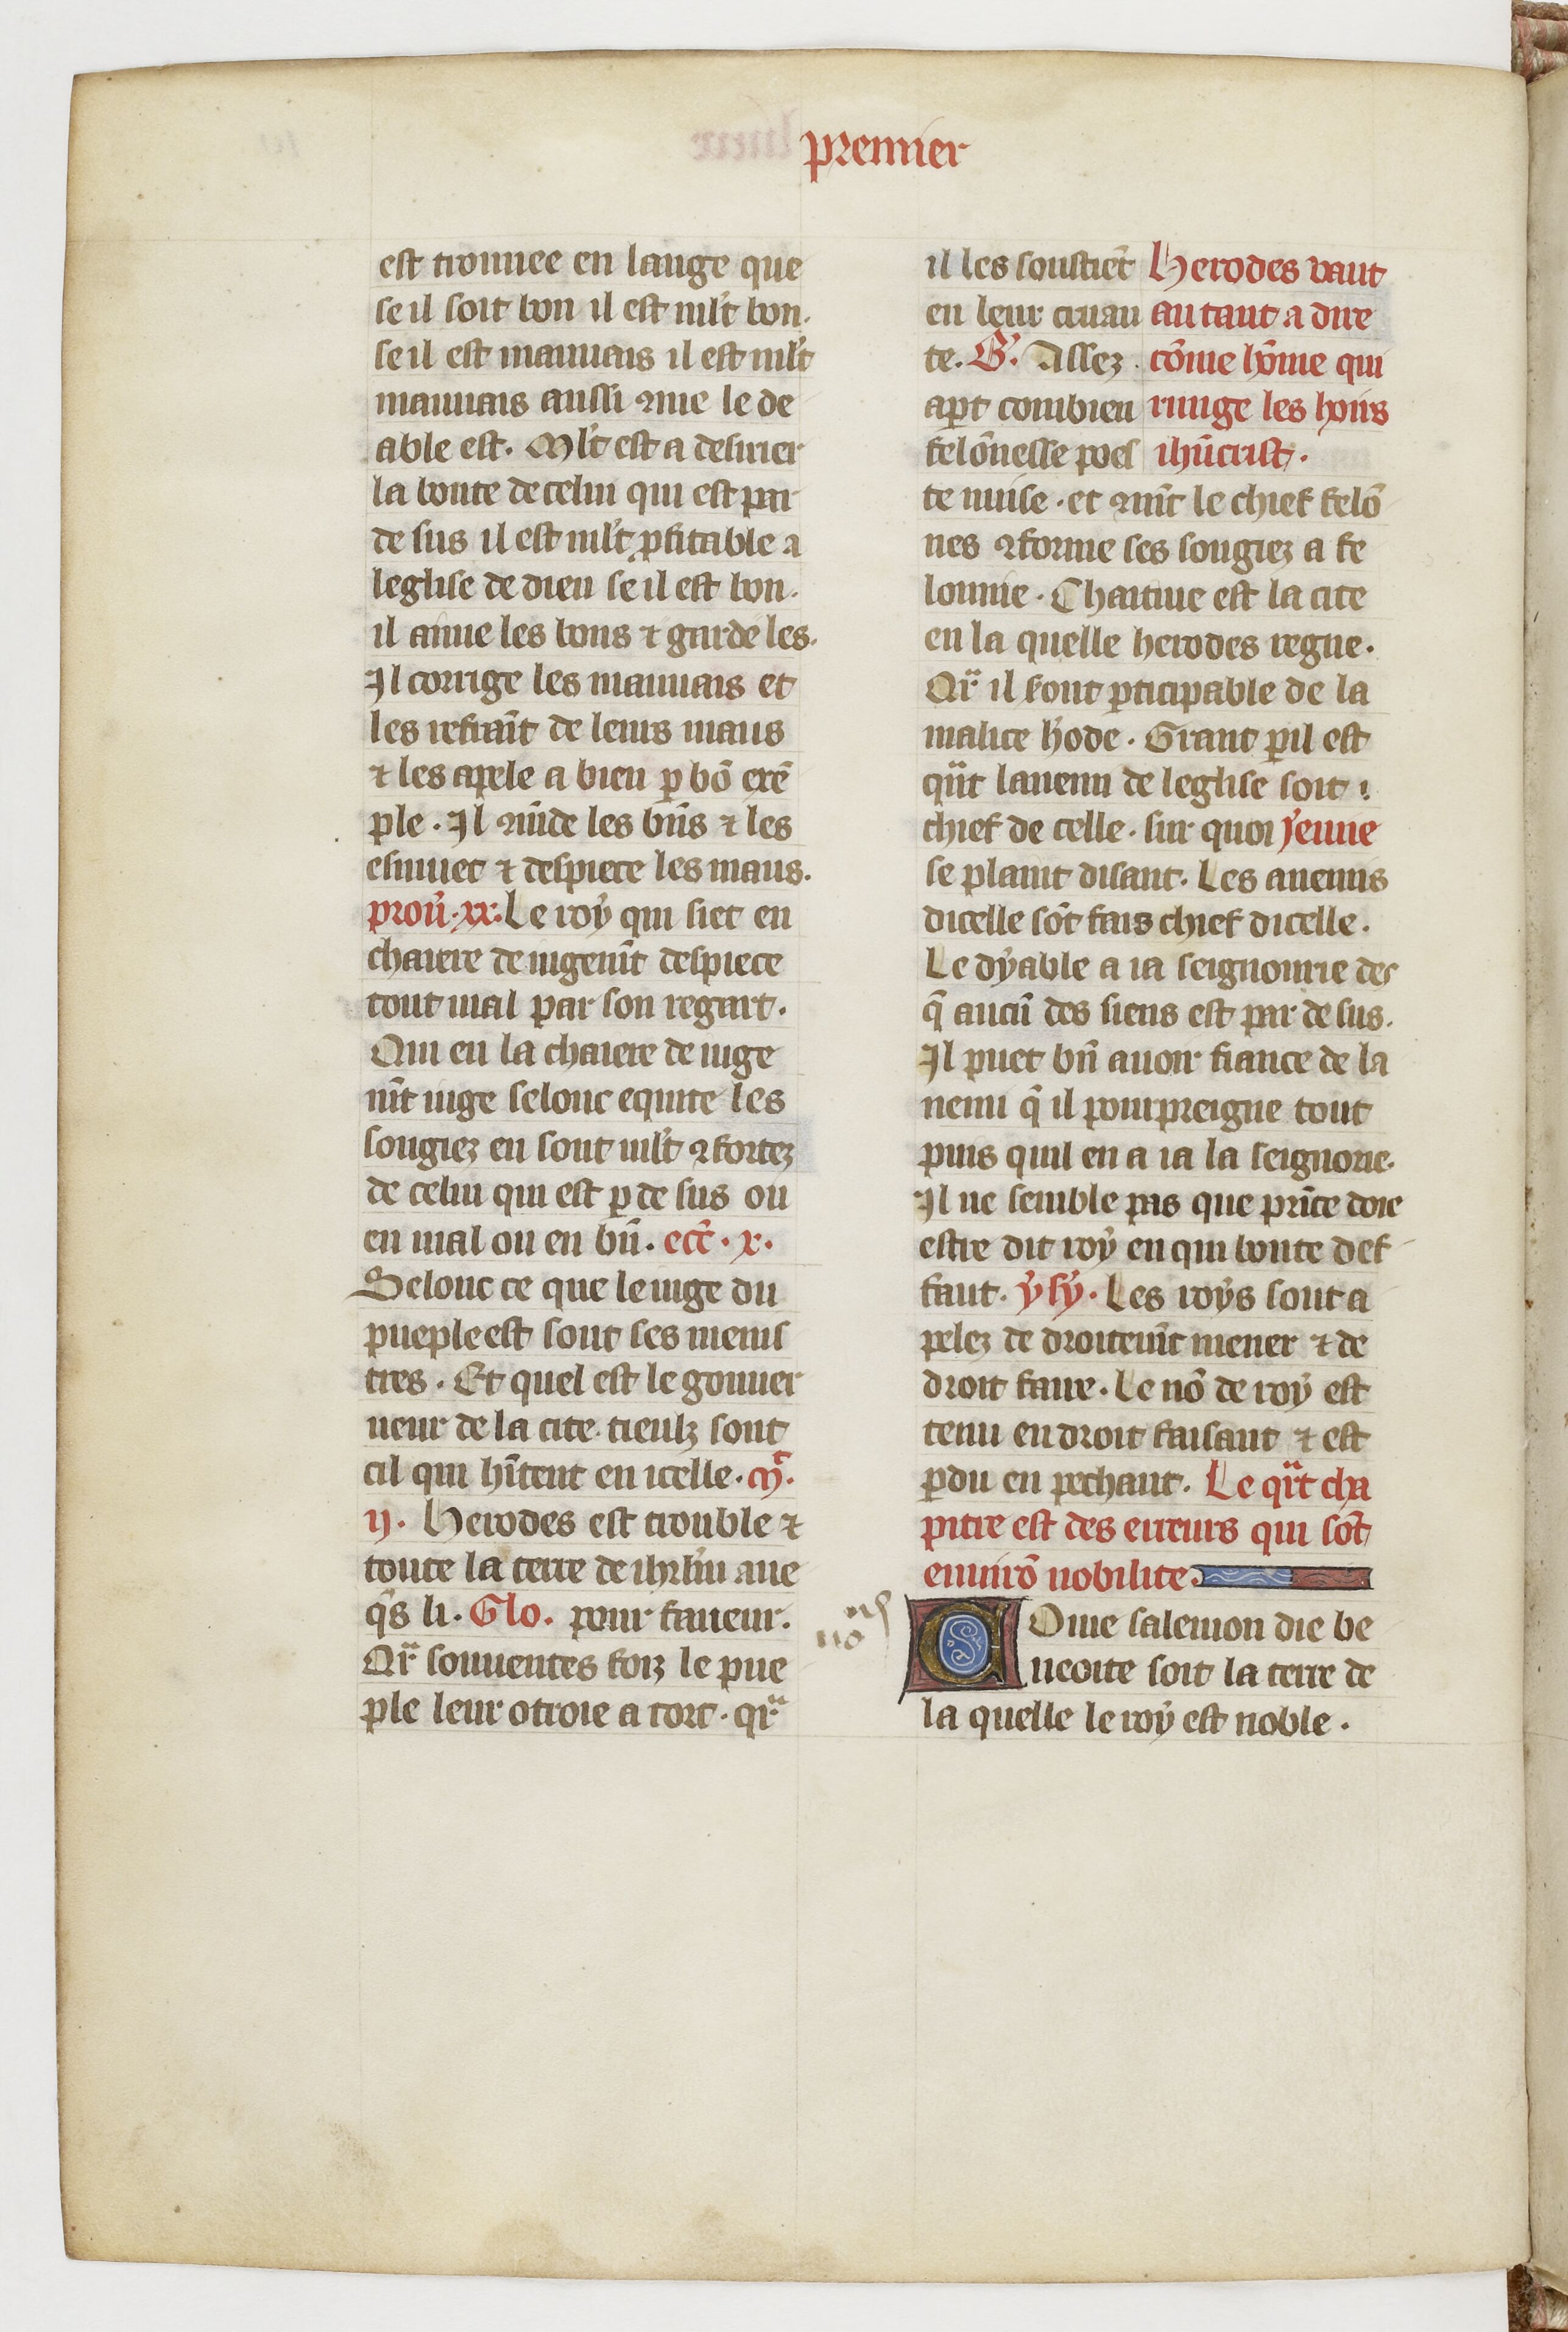
Shelfmark: Paris, BnF, fr. 1728
Century: 14